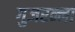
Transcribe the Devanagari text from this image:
गुजरन्ना